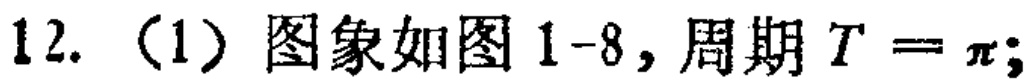
12.（1）图象如图1-8，周期 \(T = \pi\);